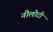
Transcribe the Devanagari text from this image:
नीलोटी